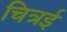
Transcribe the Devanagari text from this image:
चित्रई